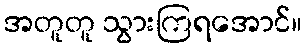
အတူတူ သွားကြရအောင်။